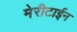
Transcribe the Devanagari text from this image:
मेरीटाईन